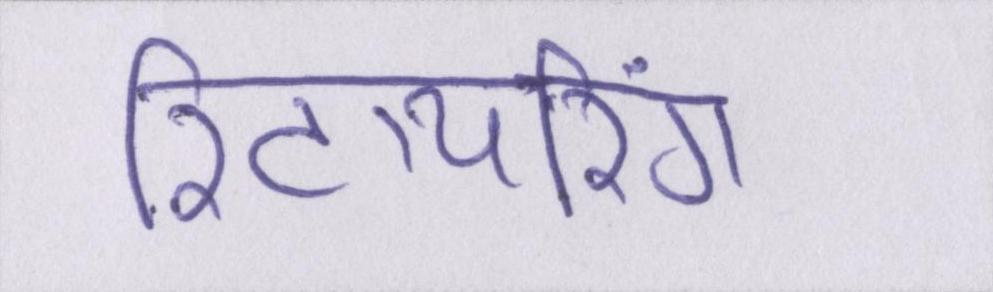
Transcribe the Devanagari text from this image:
रिटायरिंग